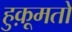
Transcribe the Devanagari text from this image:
हुक़ूमतों